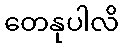
တေနုပါလိ